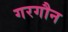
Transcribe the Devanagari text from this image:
गरगौन